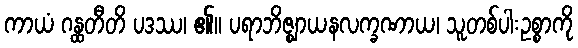
ကာယံ ဂန္ထတီတိ ပဒဿ၊ ၏။ ပရာဘိဇ္ဈာယနလက္ခဏာယ၊ သူတစ်ပါးဥစ္စာကို